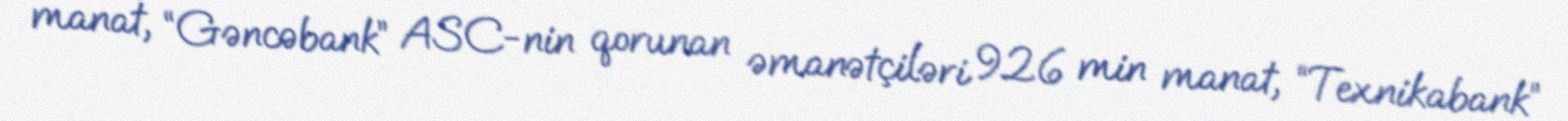
manat, “Gəncəbank” ASC-nin qorunan əmanətçiləri 926 min manat, “Texnikabank”